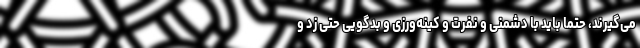
می‌گیرند، حتماً باید با دشمنی و نفرت و کینه‌ورزی و بدگویی حتی زد و